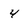
Character: 4